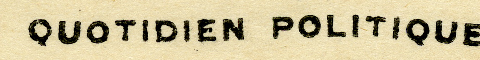
QUOTIDIEN POLITIQUE